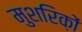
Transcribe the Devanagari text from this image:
मुशरिक़ों